Report of the Indian Hemp Drugs Commission, 1894-1895 - Volume I
Year: 1894
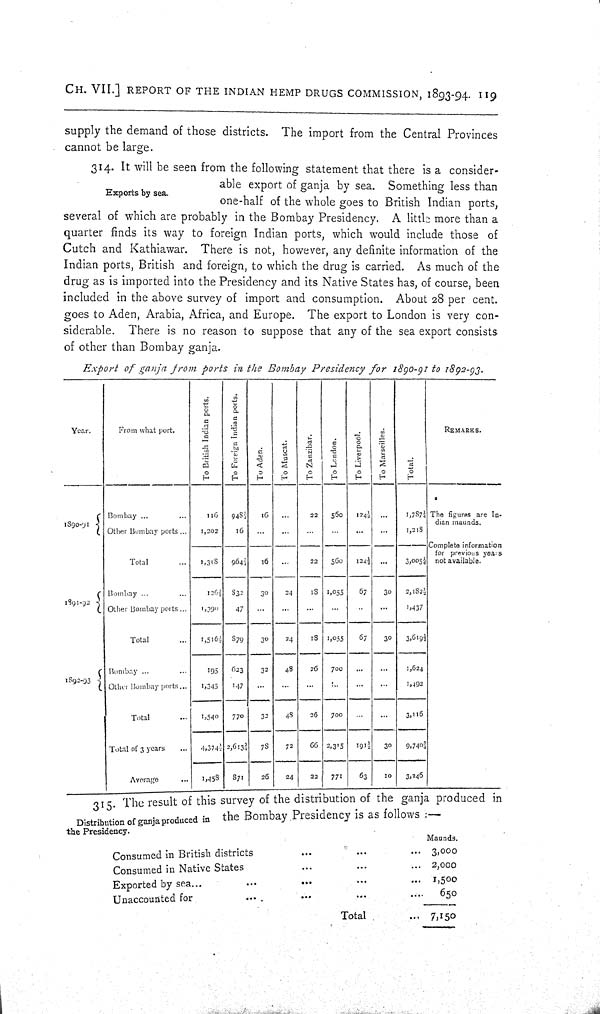
CH. VII.] REPORT OF THE INDIAN HEMP DRUGS COMMISSION, 1893-94. 119
supply the demand of those districts. The import from the Central Provinces
cannot be large.
Exports by sea.
314. It will be seen from the following statement that there is a consider-
able export of ganja by sea. Something less than
one-half of the whole goes to British Indian ports,
several of which are probably in the Bombay Presidency. A little more than a
quarter finds its way to foreign Indian ports, which would include those of
Cutch and Kathiawar. There is not, however, any definite information of the
Indian ports, British and foreign, to which the drug is carried. As much of the
drug as is imported into the Presidency and its Native States has, of course, been
included in the above survey of import and consumption. About 28 per cent.
goes to Aden, Arabia, Africa, and Europe. The export to London is very con-
siderable. There is no reason to suppose that any of the sea export consists
of other than Bombay ganja.
Export of ganja from ports in the Bombay Presidency for 1890-91 to 1892-93.
Year.
From what port.
To British Indian ports.
To Foreign Indian ports.
To Aden.
To Muscat.
To Zanzibar.
To London.
To Liverpool.
To Marseilles.
Total.
REMARKS.
Bombay
116 948 3/4 16
22
560
124 1/2
1,787 1/2 The figures are In-
dian maunds.
Complete information
for previous years
not available.
1890-91
Other Bombay ports
1,202
16
1,218
The figures are In-
dian maunds.
Complete information
for previous years
not available.
The figures are In-
dian maunds.
Complete information
for previous years
not available.
Total
1,318 964 3/4 16
22
560
124 1/2
3,005 1/4
The figures are In-
dian maunds.
Complete information
for previous years
not available.
1891-92
Bombay
126 1/2 832
30
24
18 1,055 67
30
2,182 1/2
1891-92
Other Bombay ports
1390
47
1,437
Total
1,516 1/2 879
30
24
18 1,055
67
30 3,619 1/2
Bombay
195 623
32
48
26
700
1,624
1892-93
Other Bombay ports
1,345
147
1,492
Total
1,540 770
32
48
26
700
3,116
Total of 3 years
4,374 1/2 2,613 3/4 78
72
66 2,315 191 1/2 30 9,740 3/4
Average
1,458 871
26
24
22
771
63
10
3,246
Distribution of ganja produced in
the Presidency.
315. The result of this survey of the distribution of the ganja produced in
the Bombay Presidency is as follows:—
Maunds.
Consumed in British districts
3,000
Consumed in Native States
2,000
Exported by sea
1,500
Unaccounted for
650
Total
7,150